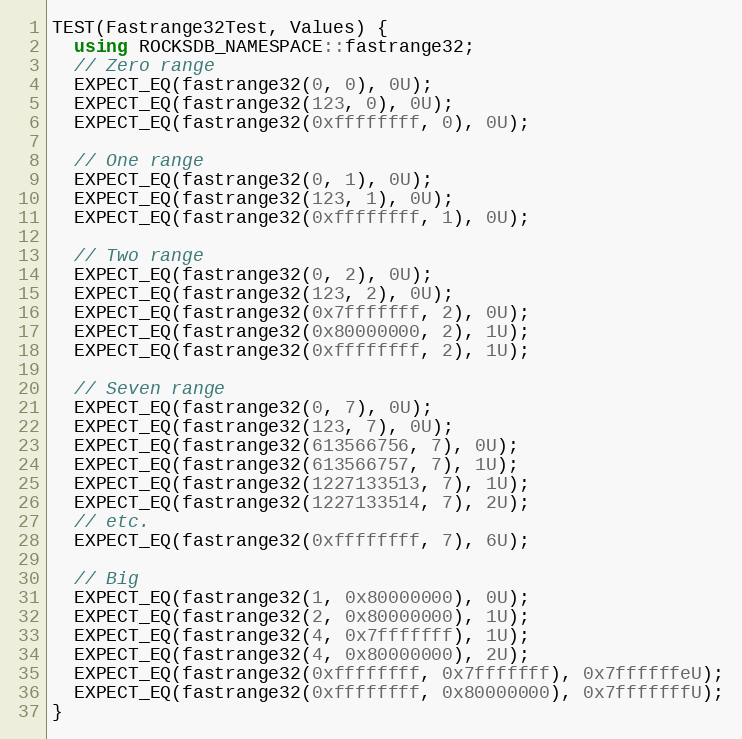
Language: C++
TEST(Fastrange32Test, Values) {
  using ROCKSDB_NAMESPACE::fastrange32;
  // Zero range
  EXPECT_EQ(fastrange32(0, 0), 0U);
  EXPECT_EQ(fastrange32(123, 0), 0U);
  EXPECT_EQ(fastrange32(0xffffffff, 0), 0U);

  // One range
  EXPECT_EQ(fastrange32(0, 1), 0U);
  EXPECT_EQ(fastrange32(123, 1), 0U);
  EXPECT_EQ(fastrange32(0xffffffff, 1), 0U);

  // Two range
  EXPECT_EQ(fastrange32(0, 2), 0U);
  EXPECT_EQ(fastrange32(123, 2), 0U);
  EXPECT_EQ(fastrange32(0x7fffffff, 2), 0U);
  EXPECT_EQ(fastrange32(0x80000000, 2), 1U);
  EXPECT_EQ(fastrange32(0xffffffff, 2), 1U);

  // Seven range
  EXPECT_EQ(fastrange32(0, 7), 0U);
  EXPECT_EQ(fastrange32(123, 7), 0U);
  EXPECT_EQ(fastrange32(613566756, 7), 0U);
  EXPECT_EQ(fastrange32(613566757, 7), 1U);
  EXPECT_EQ(fastrange32(1227133513, 7), 1U);
  EXPECT_EQ(fastrange32(1227133514, 7), 2U);
  // etc.
  EXPECT_EQ(fastrange32(0xffffffff, 7), 6U);

  // Big
  EXPECT_EQ(fastrange32(1, 0x80000000), 0U);
  EXPECT_EQ(fastrange32(2, 0x80000000), 1U);
  EXPECT_EQ(fastrange32(4, 0x7fffffff), 1U);
  EXPECT_EQ(fastrange32(4, 0x80000000), 2U);
  EXPECT_EQ(fastrange32(0xffffffff, 0x7fffffff), 0x7ffffffeU);
  EXPECT_EQ(fastrange32(0xffffffff, 0x80000000), 0x7fffffffU);
}